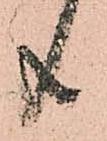
共